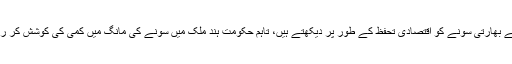
بہت سے بھارتی سونے کو اقتصادی تحفظ کے طور پر دیکھتے ہیں، تاہم حکومت ہند ملک میں سونے کی مانگ میں کمی کی کوشش کر رہی ہے۔